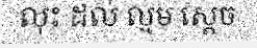
លុះ ដល់ ល្មម ស្តេច